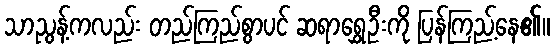
သာညွန့်ကလည်း တည်ကြည်စွာပင် ဆရာရွှေဦးကို ပြန်ကြည့်နေ၏။